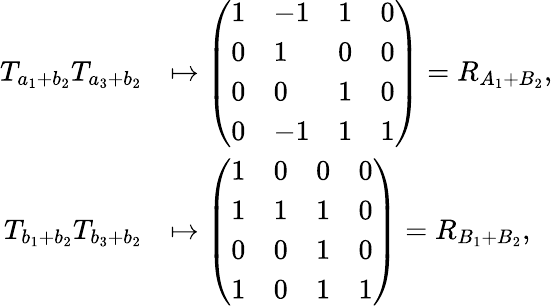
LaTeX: \begin{array}{rl}{T_{a_{1}+b_{2}}T_{a_{3}+b_{2}}}&{\mapsto\left(\begin{array}{llll}{1}&{-1}&{1}&{0}\\ {0}&{1}&{0}&{0}\\ {0}&{0}&{1}&{0}\\ {0}&{-1}&{1}&{1}\end{array}\right)=R_{A_{1}+B_{2}},}\\ {T_{b_{1}+b_{2}}T_{b_{3}+b_{2}}}&{\mapsto\left(\begin{array}{llll}{1}&{0}&{0}&{0}\\ {1}&{1}&{1}&{0}\\ {0}&{0}&{1}&{0}\\ {1}&{0}&{1}&{1}\end{array}\right)=R_{B_{1}+B_{2}},}\end{array}